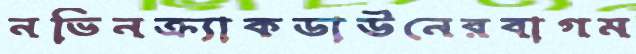
নভিনক্র্যাকডাউনেরবাগম